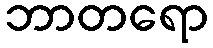
ဘာတရော